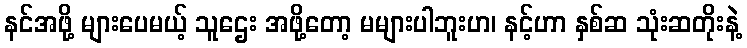
နင်အဖို့ များပေမယ့် သူဌေး အဖို့တော့ မများပါဘူးဟ၊ နင့်ဟာ နှစ်ဆ သုံးဆတိုးနဲ့